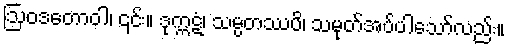
ဩဝဒတောဝါ၊ ၎င်း။ ဒုက္ကဋံ၊ သမ္ပတဿပိ၊ သမုတ်အပ်ပါသော်လည်း။